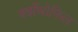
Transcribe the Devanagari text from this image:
क्झँथोफिल